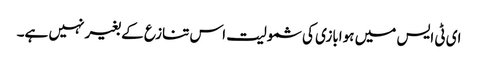
ای ٹی ایس میں ہوابازی کی شمولیت اس تنازع کے بغیر نہیں ہے۔